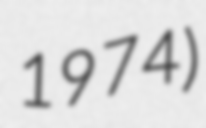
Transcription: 1974)